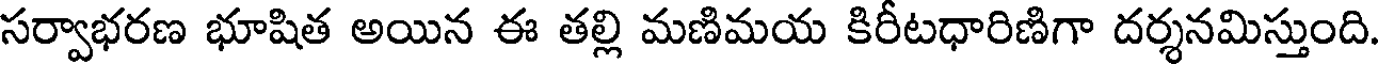
సర్వాభరణ భూషిత అయిన ఈ తల్లి మణిమయ కిరీటధారిణిగా దర్శనమిస్తుంది